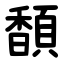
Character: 䫝